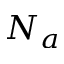
N _ { a }